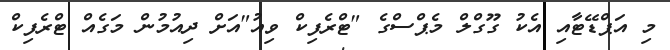
މި އަޕްޑޭޓާއި އެކު ގޫގްލް މެޕްސްގެ "ޓްރެފިކް ވިއު"އަށް ދިއުމުން މަގެއް ޓްރެފިކް